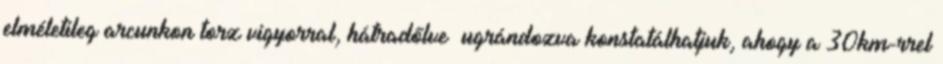
elméletileg arcunkon torz vigyorral, hátradőlve ugrándozva konstatálhatjuk, ahogy a 30km-rrel